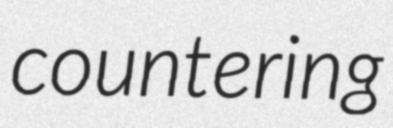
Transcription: countering